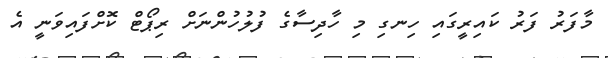
މާފަރު ފަރު ކައިރީގައި ހިނގި މި ހާދިސާގެ ފުލުހުންނަށް ރިޕޯޓް ކޮށްފައިވަނީ އެ